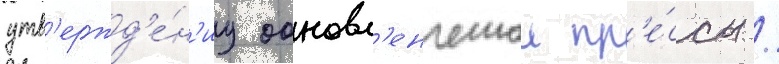
утв'ержд'е́н'иу обновл'енческои пр'е́ссы /